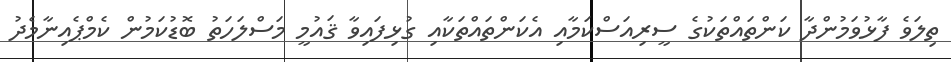
ތިލަވެ ފާޅުވަމުންދާ ކަންތައްތަކުގެ ސީރިއަސްކަމާއި އެކަންތައްތަކާއި ގުޅިފައިވާ ޤައުމީ މަސްލަހަތު ބޮޑުކަމުން ކެމްޕެއިނާމެދު